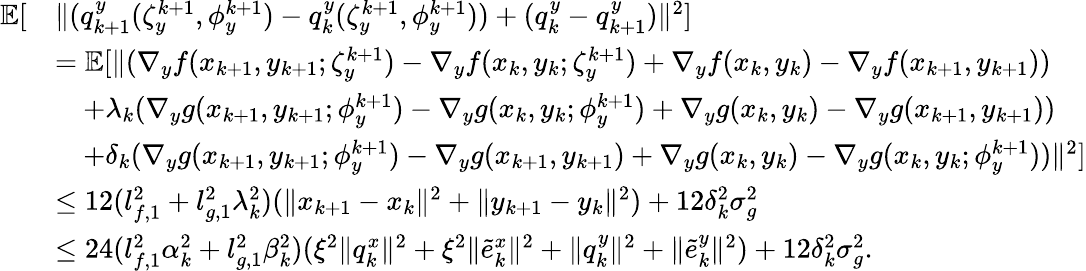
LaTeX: \begin{array}{rl}{\mathbb{E}[}&{\| (q_{k+1}^{y}(\zeta_{y}^{k+1},\phi_{y}^{k+1})-q_{k}^{y}(\zeta_{y}^{k+1},\phi_{y}^{k+1}))+(q_{k}^{y}-q_{k+1}^{y})\| ^{2}]}\\ &{=\mathbb{E}[\| (\nabla_{y}f(x_{k+1},y_{k+1};\zeta_{y}^{k+1})-\nabla_{y}f(x_{k},y_{k};\zeta_{y}^{k+1})+\nabla_{y}f(x_{k},y_{k})-\nabla_{y}f(x_{k+1},y_{k+1}))}\\ &{\quad+\lambda_{k}(\nabla_{y}g(x_{k+1},y_{k+1};\phi_{y}^{k+1})-\nabla_{y}g(x_{k},y_{k};\phi_{y}^{k+1})+\nabla_{y}g(x_{k},y_{k})-\nabla_{y}g(x_{k+1},y_{k+1}))}\\ &{\quad+\delta_{k}(\nabla_{y}g(x_{k+1},y_{k+1};\phi_{y}^{k+1})-\nabla_{y}g(x_{k+1},y_{k+1})+\nabla_{y}g(x_{k},y_{k})-\nabla_{y}g(x_{k},y_{k};\phi_{y}^{k+1}))\| ^{2}]}\\ &{\le 12(l_{f,1}^{2}+l_{g,1}^{2}\lambda_{k}^{2})(\| x_{k+1}-x_{k}\| ^{2}+\| y_{k+1}-y_{k}\| ^{2})+12\delta_{k}^{2}\sigma_{g}^{2}}\\ &{\le 24(l_{f,1}^{2}\alpha_{k}^{2}+l_{g,1}^{2}\beta_{k}^{2})(\xi^{2}\| q_{k}^{x}\| ^{2}+\xi^{2}\| \tilde{e}_{k}^{x}\| ^{2}+\| q_{k}^{y}\| ^{2}+\| \tilde{e}_{k}^{y}\| ^{2})+12\delta_{k}^{2}\sigma_{g}^{2}.}\end{array}